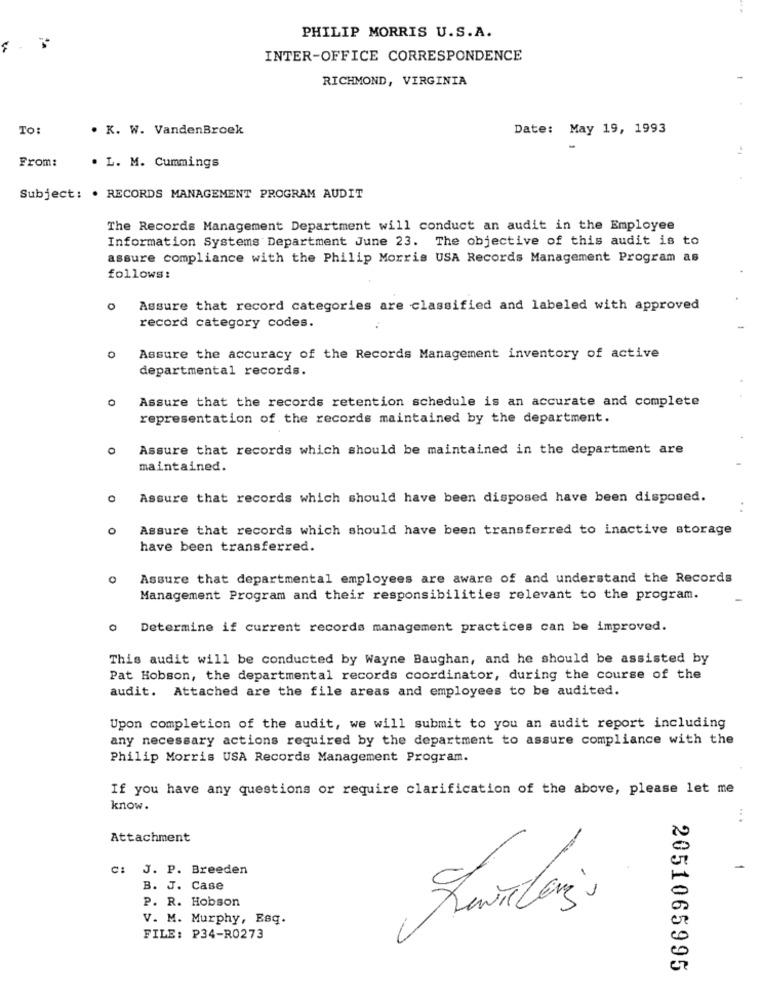
PHILIP MORRIS U.S.A.
INTER-OFFICE CORRESPONDENCE
RICHMOND, VIRGINIA
To:
. K. W. VandenBroek
Date: May 19, 1993
From:
. L. M. Cummings
Subject: . RECORDS MANAGEMENT PROGRAM AUDIT
The Records Management Department will conduct an audit in the Employee
Information Systems Department June 23. The objective of this audit is to
assure compliance with the Philip Morris USA Records Management Program as
follows:
O
Assure that record categories are classified and labeled with approved
record category codes.
0
Assure the accuracy of the Records Management inventory of active
departmental records.
0
Assure that the records retention schedule is an accurate and complete
representation of the records maintained by the department.
Assure that records which should be maintained in the department are
maintained.
Assure that records which should have been disposed have been disposed.
Assure that records which should have been transferred to inactive storage
have been transferred.
Assure that departmental employees are aware of and understand the Records
Management Program and their responsibilities relevant to the program.
o Determine if current records management practices can be improved.
This audit will be conducted by Wayne Baughan, and he should be assisted by
Pat Hobson, the departmental records coordinator, during the course of the
audit. Attached are the file areas and employees to be audited.
Upon completion of the audit, we will submit to you an audit report including
any necessary actions required by the department to assure compliance with the
Philip Morris USA Records Management Program.
If you have any questions or require clarification of the above, please let me
know.
...
Attachment
C: J. P. Breeden
B. J. Case
P. R. Hobson
V. M. Murphy, Esq.
FILE: P34-R0273
2051065995